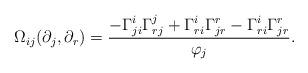
LaTeX: \begin{align*} \Omega_{ij}(\partial_j,\partial_r)=\frac{-\Gamma_{ji}^i\Gamma_{rj}^j+\Gamma_{ri}^i\Gamma_{jr}^r-\Gamma_{ri}^i\Gamma_{jr}^r}{\varphi_j}. \end{align*}